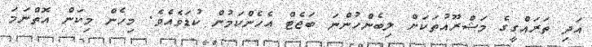
އަދި ތަރައްގީގެ މަޝްރޫއުތަކަށް ލިބެންހުންނަ ބަޖެޓް އެހެންކަމުން ކުޑަވެއެވެ. މިހެން މިކަން އޮތްނަމަ